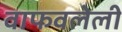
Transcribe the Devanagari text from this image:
वाफवलेली